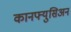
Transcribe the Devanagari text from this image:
कानफ्युसिअन